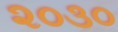
૨૦૩૦